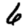
Digit: 6